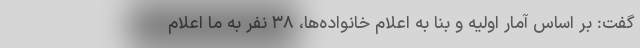
گفت: بر اساس آمار اولیه و بنا به اعلام خانواده‌ها، ۳۸ نفر به ما اعلام